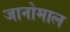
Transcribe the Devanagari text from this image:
जानोमाल